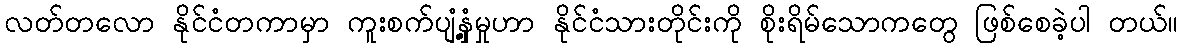
လတ်တလော နိုင်ငံတကာမှာ ကူးစက်ပျံ့နှံ့မှုဟာ နိုင်ငံသားတိုင်းကို စိုးရိမ်သောကတွေ ဖြစ်စေခဲ့ပါ တယ်။